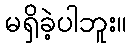
မရှိခဲ့ပါဘူး။